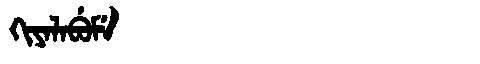
Manchu: ᡴᡳᠶᠠᠯᠠᠪᡠᠮᡝ
Romanization: KIYALABUME